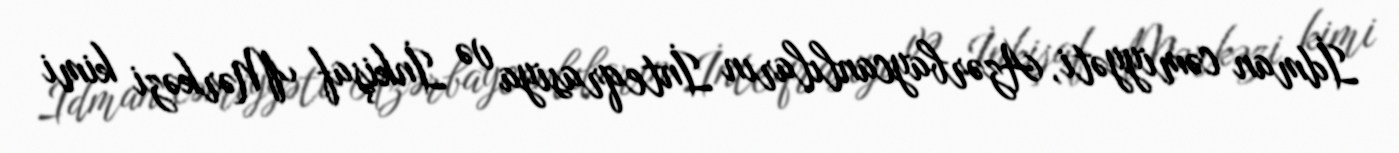
İdman cəmiyyəti, Azərbaycanlıların İnteqrasiya və İnkişaf Mərkəzi kimi